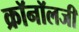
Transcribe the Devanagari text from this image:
क्रॉनॉलजी